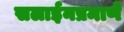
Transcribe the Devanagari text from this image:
सलाईनप्रमाणे